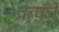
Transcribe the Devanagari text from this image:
कर्फ़ी